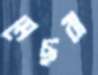
মেছরা